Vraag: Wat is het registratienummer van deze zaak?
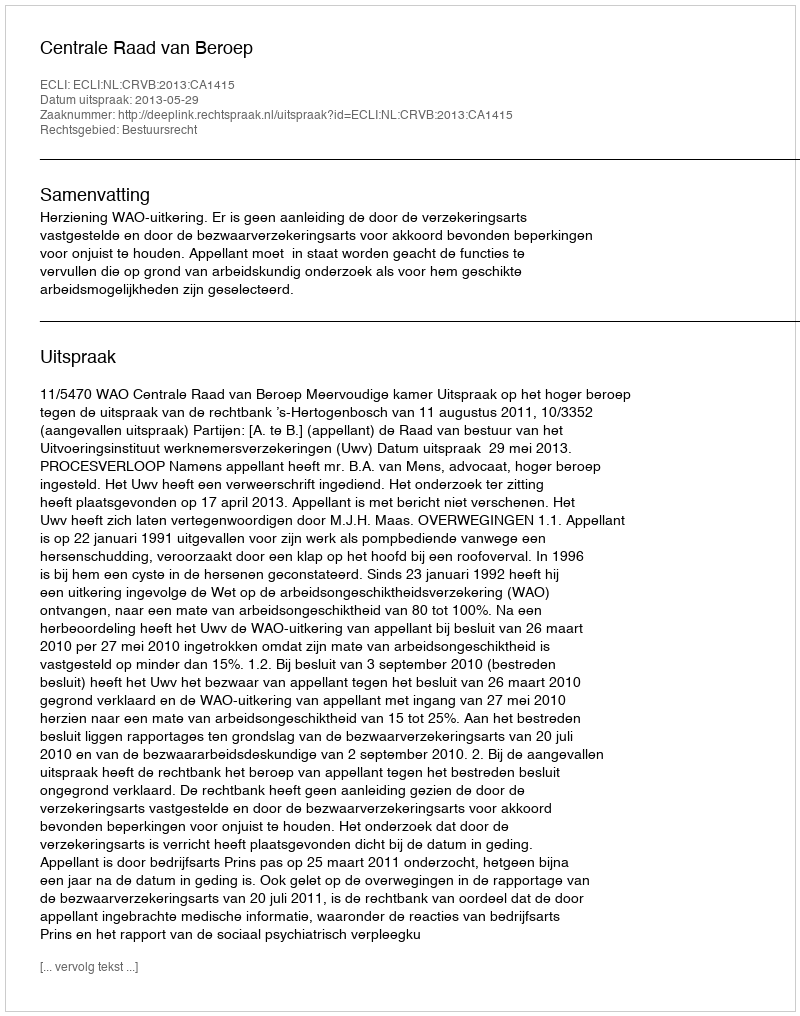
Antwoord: http://deeplink.rechtspraak.nl/uitspraak?id=ECLI:NL:CRVB:2013:CA1415